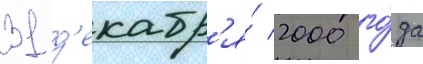
31 д'екабр'я́ 2000 го́да